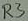
Text: R3